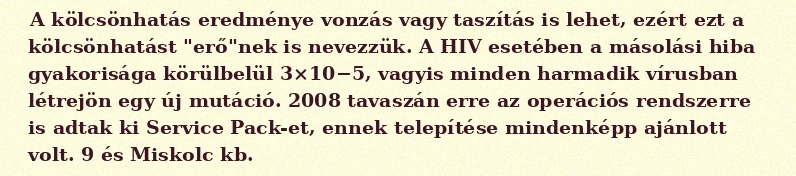
A kölcsönhatás eredménye vonzás vagy taszítás is lehet, ezért ezt a kölcsönhatást "erő"nek is nevezzük. A HIV esetében a másolási hiba gyakorisága körülbelül 3×10−5, vagyis minden harmadik vírusban létrejön egy új mutáció. 2008 tavaszán erre az operációs rendszerre is adtak ki Service Pack-et, ennek telepítése mindenképp ajánlott volt. 9 és Miskolc kb.